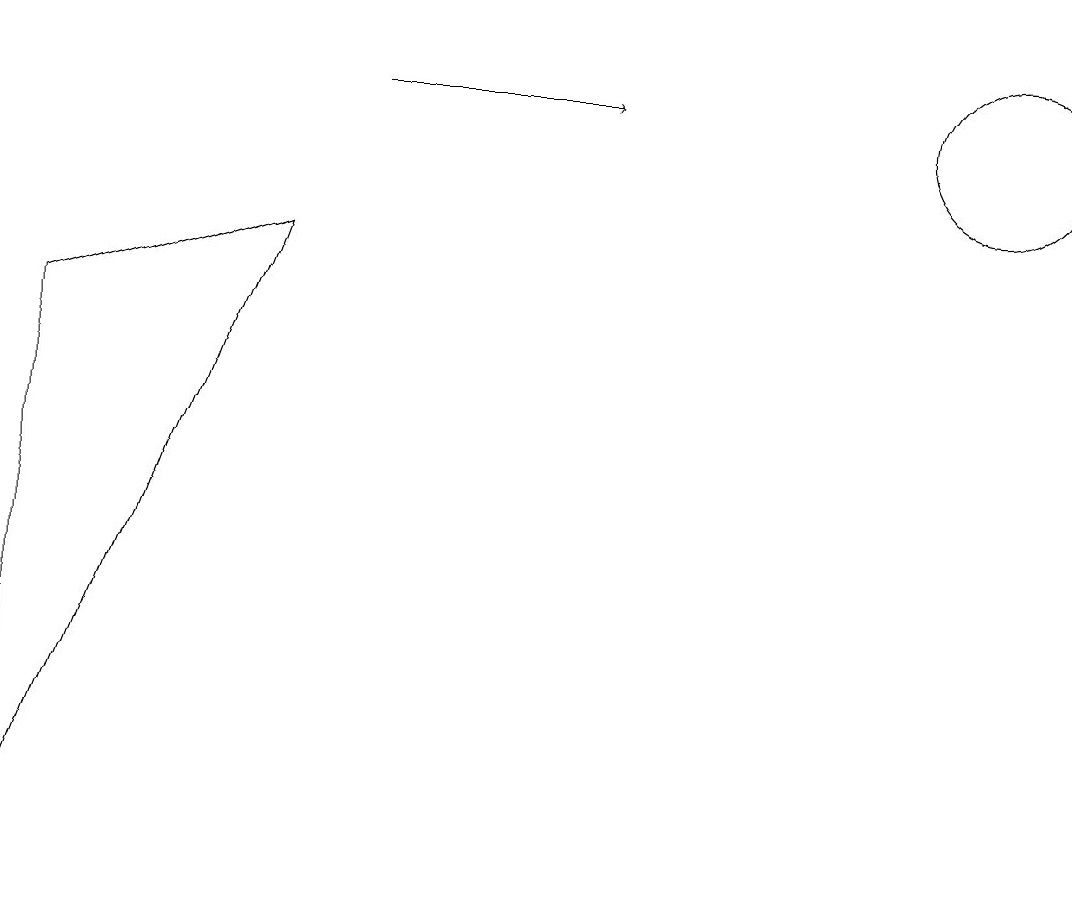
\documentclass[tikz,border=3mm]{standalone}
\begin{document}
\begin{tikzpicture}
\draw[->] (4,10) -- (7,10);
\draw (0,0) -- (3,8) -- (0,7) -- cycle;
\draw (12,10) circle (1);
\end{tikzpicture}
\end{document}